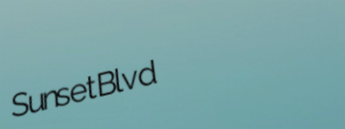
SunsetBlvd